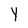
Character: Y